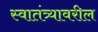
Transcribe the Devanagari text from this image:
स्वातंत्र्यावरील